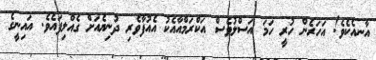
އާނއެކެވެ! އަހަރެން ހުރީ ހަމަ އަސްލުވެސް އަކްރަމްއާއެކު އެއުފާވެރި ދުނިޔެއަށް ގެއްލިފައެވެ. އައިނީގެ